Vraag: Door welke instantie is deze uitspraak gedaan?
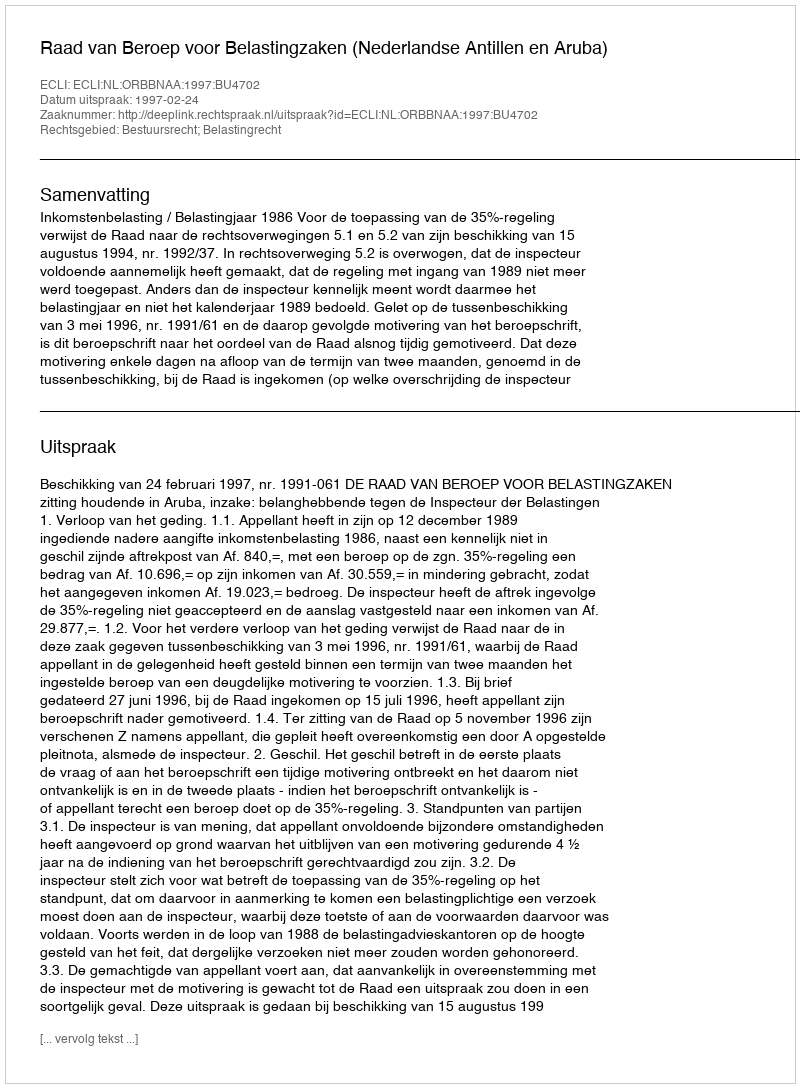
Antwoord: Raad van Beroep voor Belastingzaken (Nederlandse Antillen en Aruba)